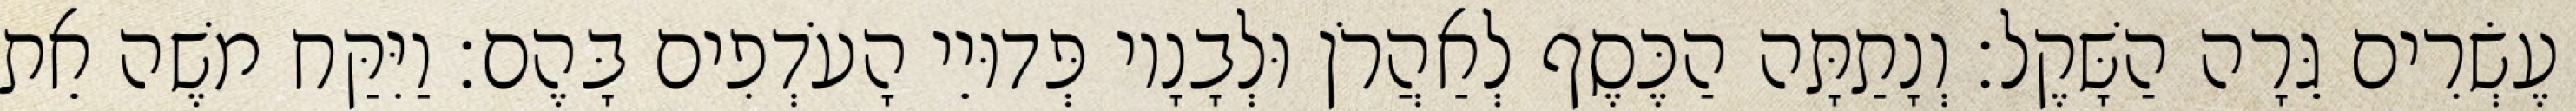
עֶשְׂרִים גֵּרָה הַשָּׁקֶל׃ וְנָתַתָּה הַכֶּסֶף לְאַהֲרֹן וּלְבָנָיו פְּדוּיֵי הָעֹדְפִים בָּהֶם׃ וַיִּקַּח משֶׁה אֵת